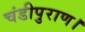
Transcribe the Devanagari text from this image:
चंडीपुराण।